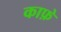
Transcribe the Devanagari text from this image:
काफ़े